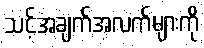
သင့်အချက်အလက်များကို